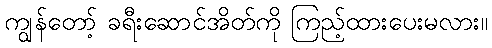
ကျွန်တော့် ခရီးဆောင်အိတ်ကို ကြည့်ထားပေးမလား။